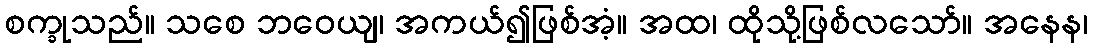
စက္ခုသည်။ သစေ ဘဝေယျ၊ အကယ်၍ဖြစ်အံ့။ အထ၊ ထိုသို့ဖြစ်လသော်။ အနေန၊